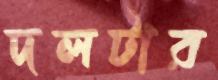
দলটার